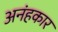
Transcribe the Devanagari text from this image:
अनंहकार